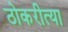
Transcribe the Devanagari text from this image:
ठोकरीत्या